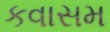
કવાસમ